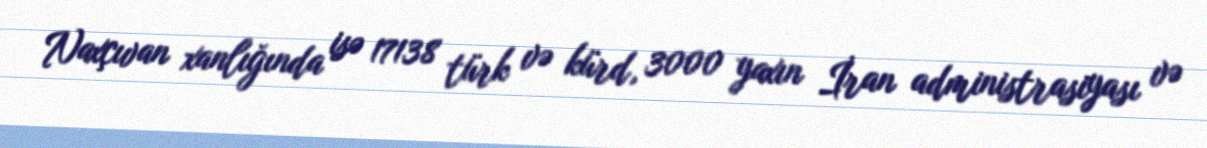
Naxçıvan xanlığında isə 17138 türk və kürd, 3000 yaxın İran administrasiyası və